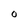
Character: 0